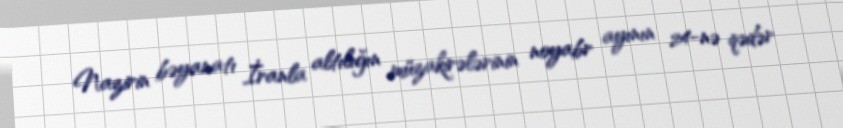
Nazirin bəyanatı İranla altılığın müzakirələrinin noyabr ayının 24-nə qədər